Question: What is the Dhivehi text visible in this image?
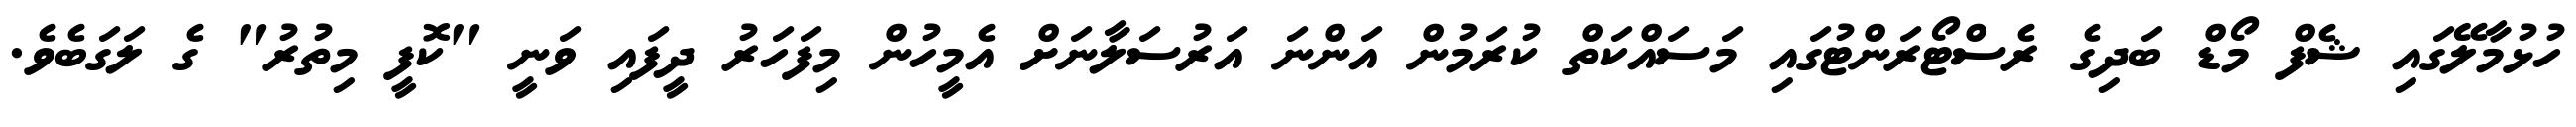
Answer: ހުޅުމާލޭގައި ޝެފް މޯޑް ބަދިގެ ރެސްޓޯރަންޓުގައި މަސައްކަތް ކުރަމުން އަންނަ އަރުސަލާނަށް އެމީހުން މިފަހަރު ދީފައި ވަނީ "ކޮފީ މިތުރު" ގެ ލަގަބެވެ.